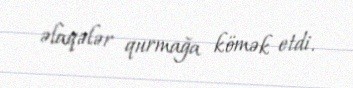
əlaqələr qurmağa kömək etdi.